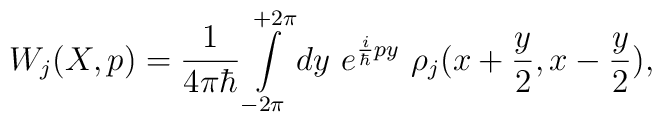
W_j(X,p)= \frac{1}{4\pi\hbar}\int\limits_{-2\pi}^{+2\pi} dy ~ e^{{i\over \hbar} py} ~  \rho_j(x+{y\over 2}, x-{y\over 2}),